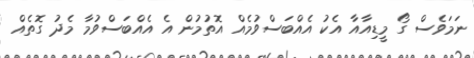
ނަމަވެސް ގޯ މީޑިއާއާ އެކު އެއްބަސްވުމެއް އޮތުމުން އެ އެއްބަސްވުމާ މެދު ގޮތެއް